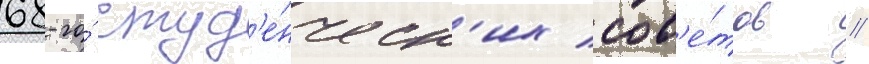
68-го́ студ'е́нческ'их сов'е́тов //